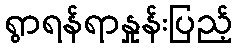
ရွာရန်ရာနှုန်းပြည့်